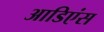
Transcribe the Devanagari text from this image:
आडिएंस